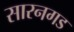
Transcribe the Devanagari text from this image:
सारनगड